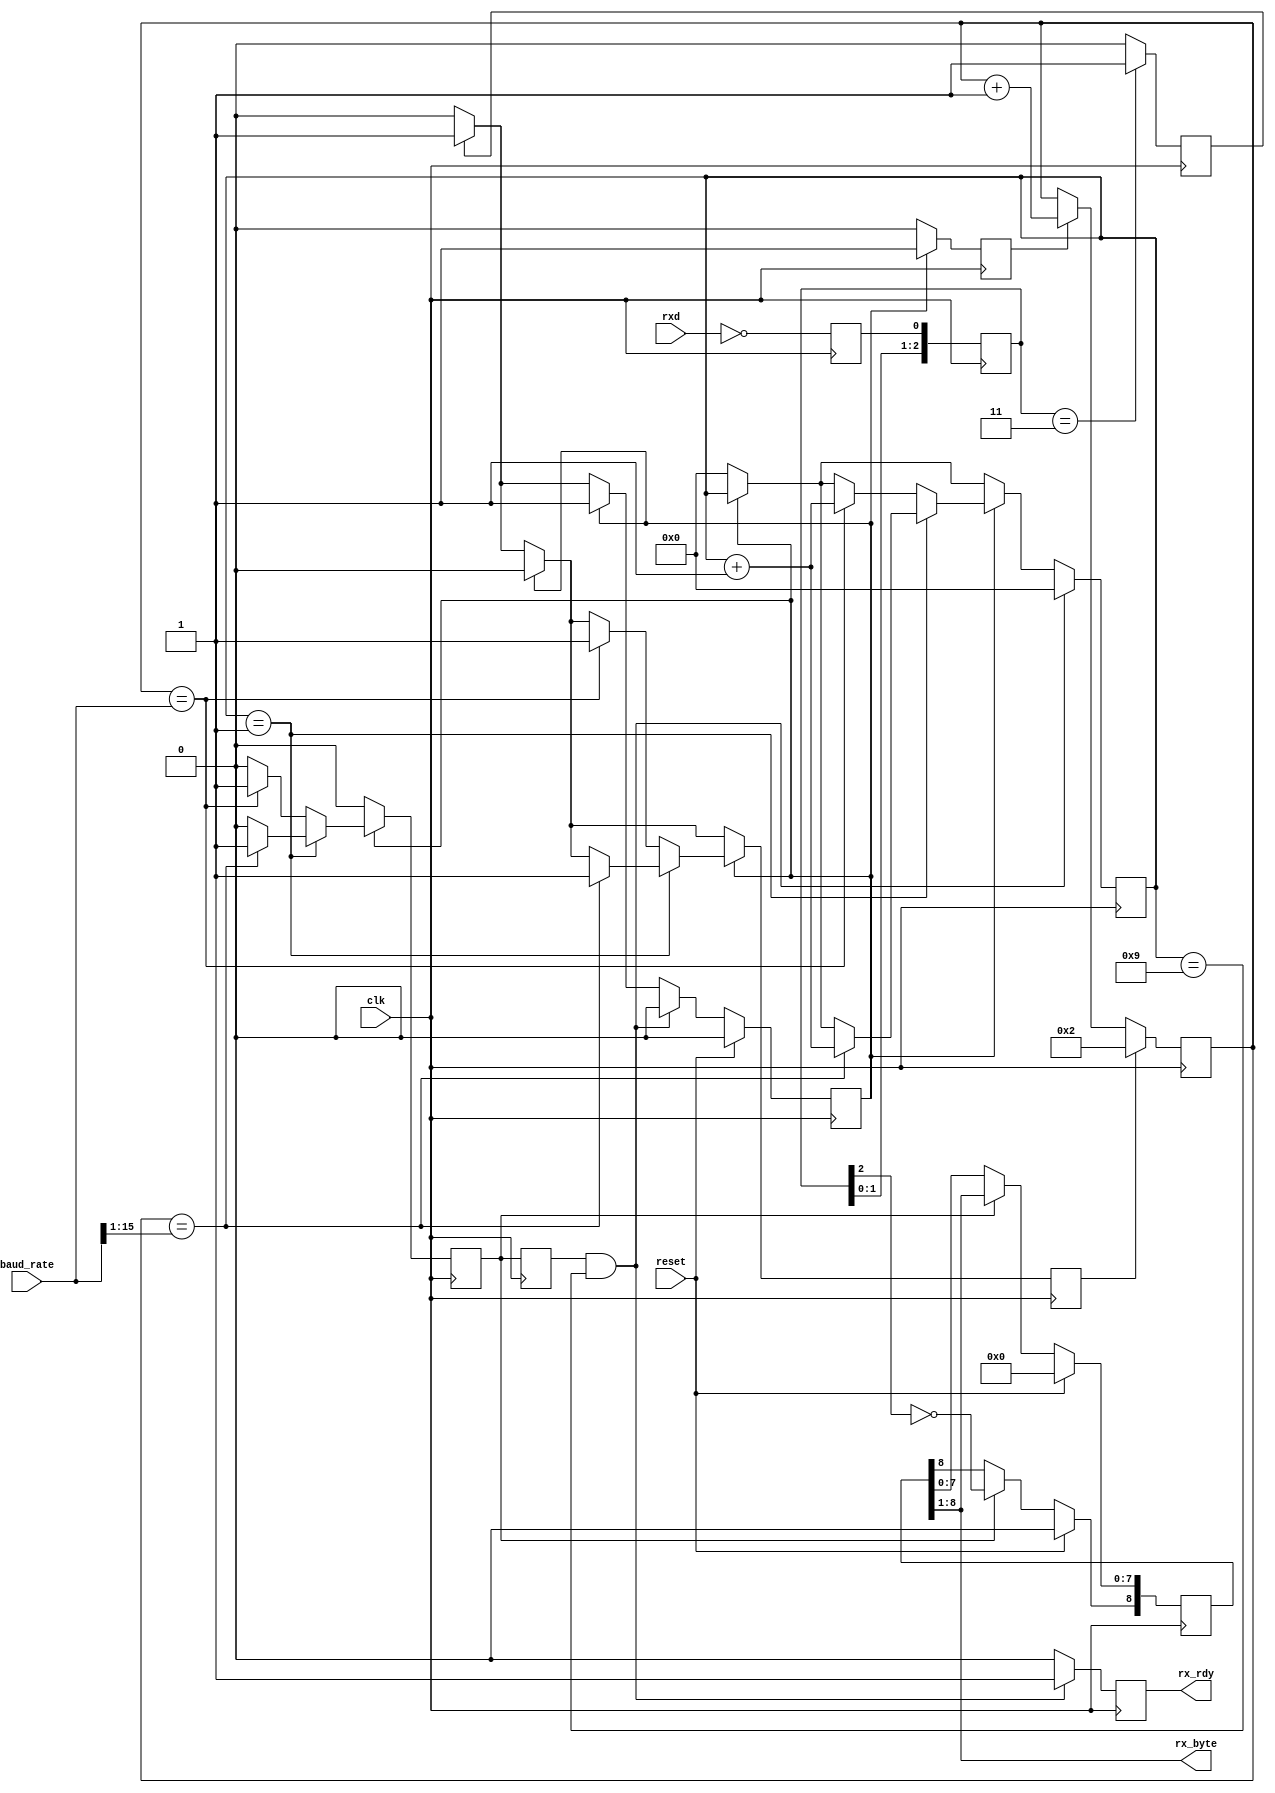
/* ****************************************************************************
-- (C) Copyright 2015 Black Mesa Labs
-- Source file: mesa_rx_uart.v                
-- Date:        June 1, 2015   
-- Author:      khubbard
-- Description: A UART that is fixed baud and receive only. This design is a
--              derivative of the autobauding rx+tx mesa_uart.v module.
-- Language:    Verilog-2001 
-- License:     This project is licensed with the CERN Open Hardware Licence
--              v1.2.  You may redistribute and modify this project under the
--              terms of the CERN OHL v.1.2. (http://ohwr.org/cernohl).
--              This project is distributed WITHOUT ANY EXPRESS OR IMPLIED
--              WARRANTY, INCLUDING OF MERCHANTABILITY, SATISFACTORY QUALITY
--              AND FITNESS FOR A PARTICULAR PURPOSE. Please see the CERN OHL
--              v.1.2 for applicable Conditions.
--
--
-- RXD    \START/<D0><D1><D2><..><D7>/STOP
--
-- Note: baud_rate[15:0] is actual number of clocks in a symbol:
--       Example 10 Mbps with 100 MHz clock, baud_rate = 0x000a;// Div-10
--
-- Revision History:
-- Ver#  When      Who      What
-- ----  --------  -------- ---------------------------------------------------
-- 0.1   06.01.15  khubbard Creation
-- 0.2   08.18.16  khubbard rx_sr[2:0] fix for metastable sampling issue.
-- ***************************************************************************/
//`default_nettype none // Strictly enforce all nets to be declared
                                                                                
module mesa_rx_uart
(
  input  wire         reset,
  input  wire         clk,
  input  wire         rxd,
  output wire [7:0]   rx_byte,
  output wire         rx_rdy,
  input  wire [15:0]  baud_rate
); // module mesa_rx_uart


  reg  [8:0]    rx_byte_sr;
  reg  [3:0]    rx_bit_cnt;
  reg           sample_now;
  reg           sample_now_p1;
  reg           rxd_meta;
  wire          rxd_sample;
  reg  [7:0]    rxd_sr;
  reg           rx_byte_jk;
  reg           rx_byte_jk_p1;

  wire [7:0]    rx_byte_loc;
  reg  [15:0]   rx_cnt_16b;
  wire [15:0]   baud_rate_loc;
  reg           rx_cnt_16b_p1;
  reg           rx_cnt_16b_roll;
  reg           rx_start_b;
  reg           rx_cnt_en_b;
  reg           rx_rdy_loc;
  reg           rxd_fal;
  reg           rxd_ris;


  assign baud_rate_loc = baud_rate[15:0];
  assign rx_rdy        = rx_rdy_loc;


//-----------------------------------------------------------------------------
// Asynchronous sampling of RXD into 4 bit Shift Register
// Note: RXD is immediately inverted to prevent runt '0's from pipeline 
// being detected as start bits. FPGA Flops powerup to '0', so inverting fixes.
//-----------------------------------------------------------------------------
always @ ( posedge clk ) begin : proc_din
 begin
   rxd_meta    <= ~ rxd;// Note Inversion to prevent runt post config
   rxd_sr[7:0] <= { rxd_sr[6:0], rxd_meta };
   rxd_fal <= 0;
   rxd_ris <= 0;

// if ( rxd_sr[2:0] == 3'b001 ) begin      
   if ( rxd_sr[2:0] == 3'b011 ) begin      
     rxd_fal <= 1;
   end 
// if ( rxd_sr[2:0] == 3'b110 ) begin      
   if ( rxd_sr[2:0] == 3'b100 ) begin      
     rxd_ris <= 1;
   end 

 end 
end // proc_din
  assign rxd_sample = ~ rxd_sr[2];


//-----------------------------------------------------------------------------
// 16bit Counter used for both rx_start_bit width count and sample count
//-----------------------------------------------------------------------------
always @ ( posedge clk ) begin : proc_cnt
 begin

  if ( rx_start_b == 1 ) begin
//  rx_cnt_16b <= 16'd0;
    rx_cnt_16b <= 16'd2;// This makes the baud_rate input correct
  end else if ( rx_cnt_en_b == 1 ) begin
    rx_cnt_16b <= rx_cnt_16b + 1;
  end

  rx_cnt_16b_p1    <= rx_cnt_16b[15];
  rx_cnt_16b_roll  <= rx_cnt_16b_p1 & ~ rx_cnt_16b[15];

 end
end // proc_cnt


//-----------------------------------------------------------------------------
// look for falling edge of rx_start_bit and count 1/2 way into bit and sample
//-----------------------------------------------------------------------------
always @ ( posedge clk ) begin : proc_s2 
 begin
  rx_rdy_loc    <= 0;
  rx_start_b    <= 0;
  rx_cnt_en_b   <= 0;
  rx_byte_jk_p1 <= rx_byte_jk;
  sample_now    <= 0;
  sample_now_p1 <= sample_now;

  if ( rx_byte_jk == 0 ) begin
    rx_bit_cnt <= 4'd0;
    if ( rxd_fal == 1 ) begin
      rx_start_b <= 1;
      rx_byte_jk <= 1;// Starting a new Byte
    end
  end

  // assert sample_now at 1/2 baud into D0 data bit.
  if ( rx_byte_jk == 1 ) begin
    rx_cnt_en_b  <= 1;
    if ( rx_bit_cnt == 4'd1 ) begin
      // Div-2 baud count to sample middle of eye
      if ( rx_cnt_16b[15:0] == { 1'b0, baud_rate_loc[15:1] } ) begin
        rx_bit_cnt <= rx_bit_cnt + 1;
        rx_start_b <= 1;
        sample_now <= 1;
      end
    end else if ( rx_cnt_16b[15:0] == baud_rate_loc[15:0] ) begin
      rx_bit_cnt <= rx_bit_cnt + 1;
      rx_start_b <= 1;
      sample_now <= 1;
    end
  end

  if ( sample_now == 1 ) begin
    rx_byte_sr[8]   <= rxd_sample;
    rx_byte_sr[7:0] <= rx_byte_sr[8:1];
  end

  if ( sample_now_p1 == 1 && rx_bit_cnt == 4'd9  ) begin
    rx_byte_jk <= 0;
    rx_bit_cnt <= 4'd0;
  end

  if ( reset == 1 ) begin
    rx_byte_jk <= 0;
    rx_byte_sr[8:0] <= 9'd0;
  end

   // Grab received byte after last bit received
   if ( sample_now_p1  == 1 && rx_bit_cnt == 4'd9 ) begin
     rx_rdy_loc <= 1;
   end

 end
end // proc_s2 
  assign rx_byte_loc = rx_byte_sr[8:1];
  assign rx_byte     = rx_byte_sr[8:1];


endmodule // mesa_rx_uart